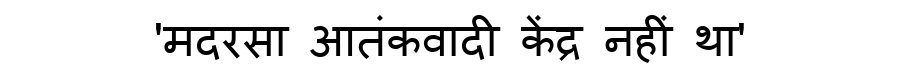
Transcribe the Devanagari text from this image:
'मदरसा आतंकवादी केंद्र नहीं था'